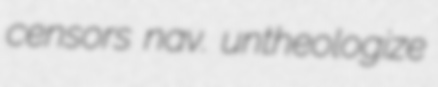
censors nav. untheologize